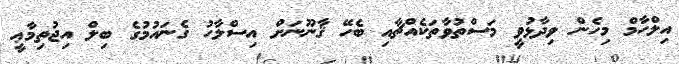
އިލްހާމް މިހެން ވިދާޅުވީ މަސްތުވާތަކެއްޗާއި ބެހޭ ޤާނޫނަށް އިސްލާހު ގެނައުމުގެ ބިލް އިޖުތިމާޢީ